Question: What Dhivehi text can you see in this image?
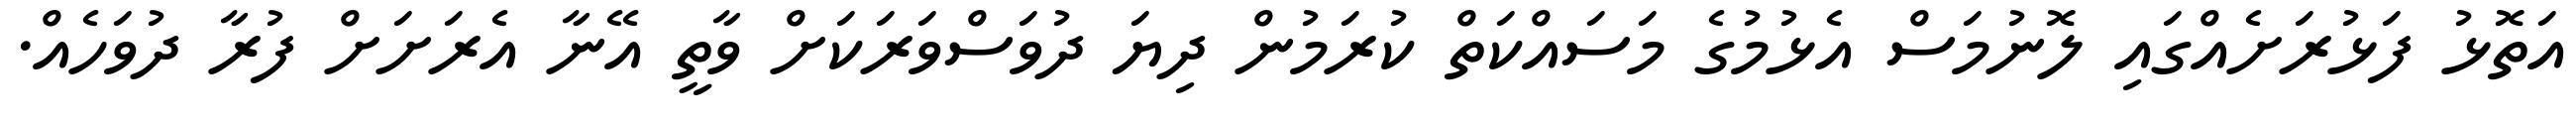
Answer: އަތޮޅު ފަޅުރަށެއްގައި ލޮނުމަސް އެޅުމުގެ މަސައްކަތް ކުރަމުން ދިޔަ ދުވަސްވަރަކަށް ވާތީ އޭނާ އެރަށަށް ފުރާ ދުވަހެއް.